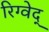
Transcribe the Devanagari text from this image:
रिग्वेद्